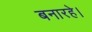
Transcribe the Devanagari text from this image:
बनारहे।